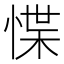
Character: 惵